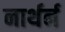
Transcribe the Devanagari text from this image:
नार्थर्न